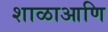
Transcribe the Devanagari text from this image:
शाळाआणि